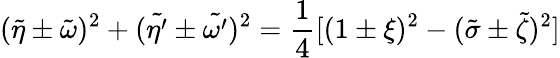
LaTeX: (\tilde{\eta}\pm\tilde{\omega})^{2}+(\tilde{\eta^{\prime}}\pm\tilde{\omega^{\prime}})^{2}=\frac 14[(1\pm\xi)^{2}-(\tilde{\sigma}\pm\tilde{\zeta})^{2}]